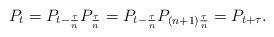
LaTeX: \begin{align*}P_t = P_{t - \frac{\tau}{n}} P_{\frac{\tau}{n}} = P_{t - \frac{\tau}{n}} P_{(n+1) \frac{\tau}{n}} = P_{t+\tau}.\end{align*}